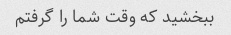
ببخشید که وقت شما را گرفتم